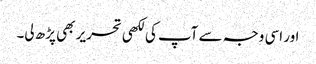
اور اسی وجہ سے آپ کی لکھی تحریر بھی پڑھ لی۔